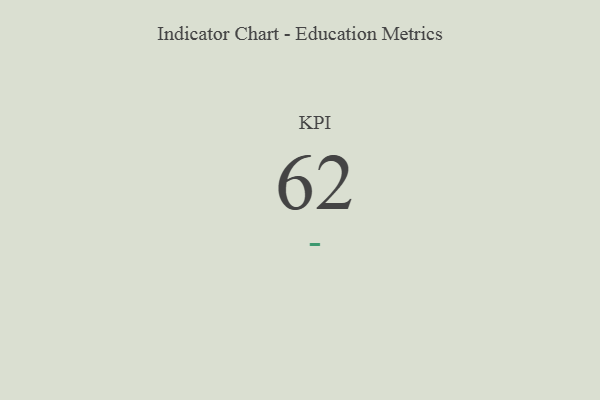
{"axis": {"x": "KPI", "y": "Value"}, "legend": [""], "data": [{"x": "KPI", "y": 62, "type": ""}]}